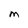
Character: M